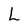
Character: L